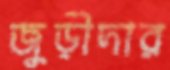
জুড়ীদার